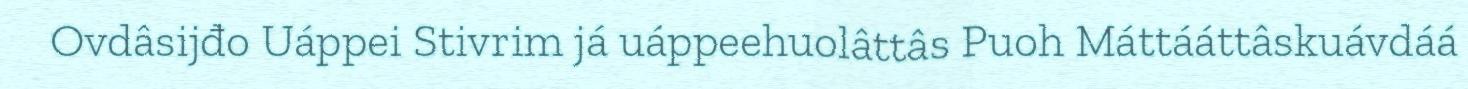
Ovdâsijđo Uáppei Stivrim já uáppeehuolâttâs Puoh Máttááttâskuávdáá